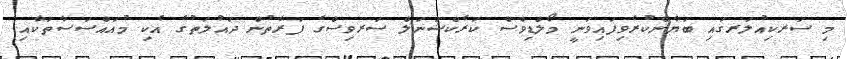
މި ސަރކިއުލަރގައި ބަޔާންކުރެވިފައިވަނީ މޯލްޑިވްސް ކަރެކްޝަނަލް ސަރވިސްގެ ފަރާތުން ދައުލަތުގެ އެކި މުއައްސަސާތަކާއި